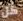
كل